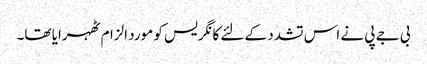
بی جے پی نے اس تشدد کے لئے کانگریس کو مورد الزام ٹھہرایا تھا۔